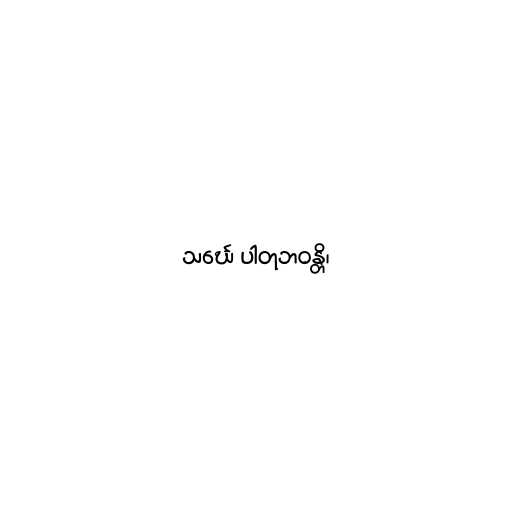
သင်္ဃေ ပါတုဘဝန္တိ၊